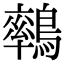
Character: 𪅄